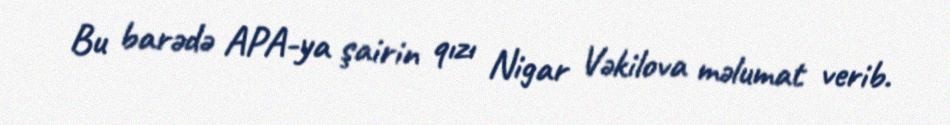
Bu barədə APA-ya şairin qızı Nigar Vəkilova məlumat verib.